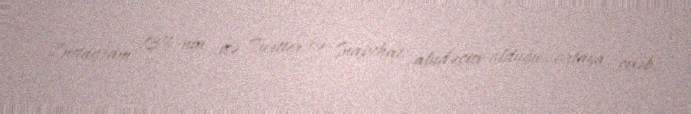
İnstagram, 13%-nin isə Twitter və Snapchat aludəçisi olduğu ortaya çıxıb.